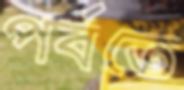
পর্বতে